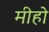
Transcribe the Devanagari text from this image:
मीहो